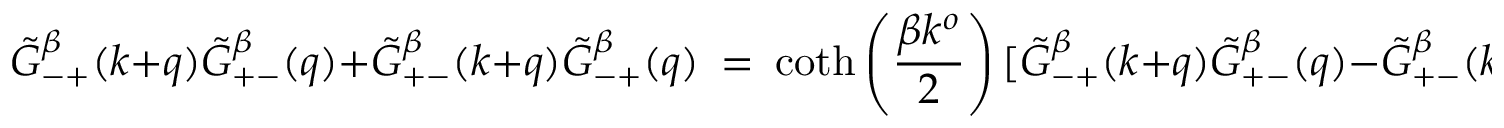
\tilde { G } _ { - + } ^ { \beta } ( k + q ) \tilde { G } _ { + - } ^ { \beta } ( q ) + \tilde { G } _ { + - } ^ { \beta } ( k + q ) \tilde { G } _ { - + } ^ { \beta } ( q ) \ = \ \coth \left( { \frac { \beta k ^ { o } } { 2 } } \right) [ \tilde { G } _ { - + } ^ { \beta } ( k + q ) \tilde { G } _ { + - } ^ { \beta } ( q ) - \tilde { G } _ { + - } ^ { \beta } ( k + q ) \tilde { G } _ { - + } ^ { \beta } ( q ) ] .